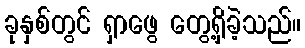
ခုနှစ်တွင် ရှာဖွေ တွေ့ရှိခဲ့သည်။